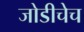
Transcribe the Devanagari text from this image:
जोडीचेच